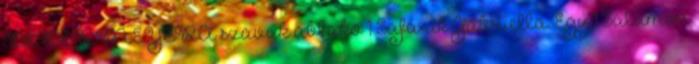
BEBERMEYERA szavak ablako 1 Safárik Gabriella: Egy 1 Salamon